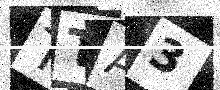
Text: TTA3